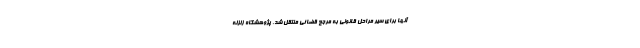
آنها برای سیر مراحل قانونی به مرجع قضائی منتقل شد. پژوهشگاه زلزله